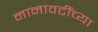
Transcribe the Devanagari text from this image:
नानावटींच्या